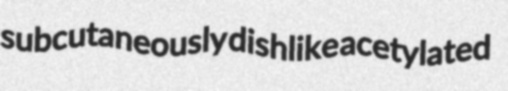
subcutaneously dishlike acetylated